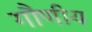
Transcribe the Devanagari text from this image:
गौणीय